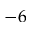
- 6